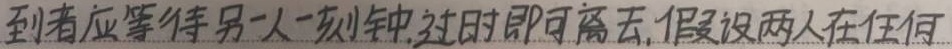
到者应等待另一人一刻钟，过时即可离去，假设两人在任何